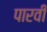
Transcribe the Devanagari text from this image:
पारवी